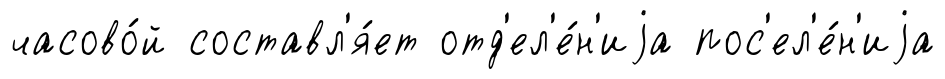
часово́й составл'я́ет отд'ел'е́н'иjа пос'ел'е́н'иjа